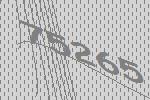
75265